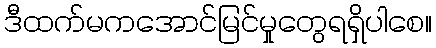
ဒီထက်မကအောင်မြင်မှုတွေရရှိပါစေ။